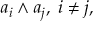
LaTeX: a _ { i } \wedge a _ { j } , \; i \neq j ,